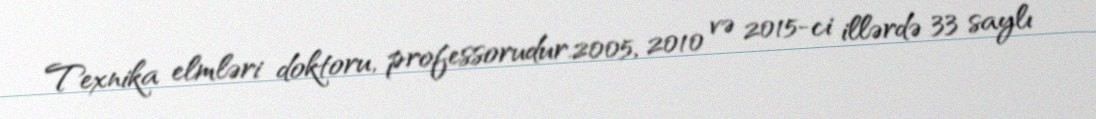
Texnika elmləri doktoru, professorudur.2005, 2010 və 2015-ci illərdə 33 saylı